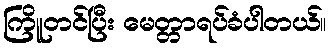
ကြိူတင်ပြီး မေတ္တာရပ်ခံပါတယ်။